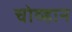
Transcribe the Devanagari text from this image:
चोव्हान